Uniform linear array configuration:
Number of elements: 32
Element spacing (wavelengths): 0.75
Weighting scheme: hann
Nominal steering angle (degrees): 60
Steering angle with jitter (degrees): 60.971
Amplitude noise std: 0.05
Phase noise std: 0.05

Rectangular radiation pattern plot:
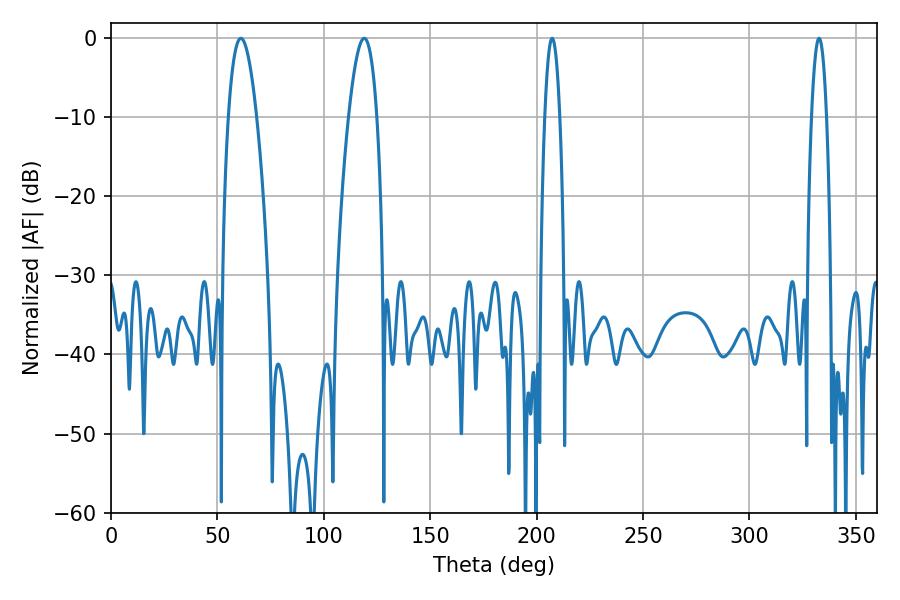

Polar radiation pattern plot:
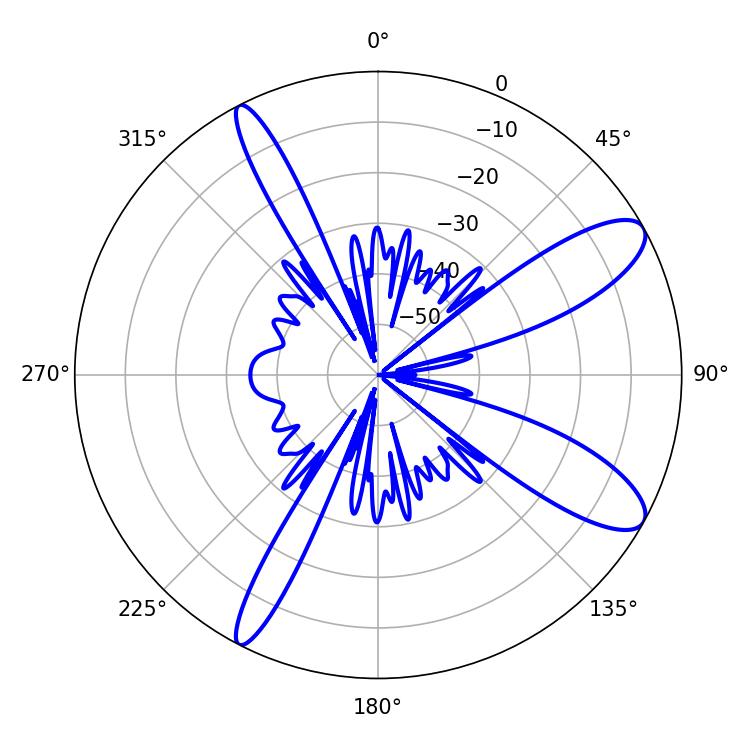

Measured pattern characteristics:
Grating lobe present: TRUE
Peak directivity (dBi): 10.62
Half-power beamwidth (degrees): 7.38
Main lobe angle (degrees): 61.02